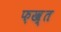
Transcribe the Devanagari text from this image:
फ़ख़्त